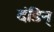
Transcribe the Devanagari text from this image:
दंडिन्